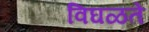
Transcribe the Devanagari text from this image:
विघळते